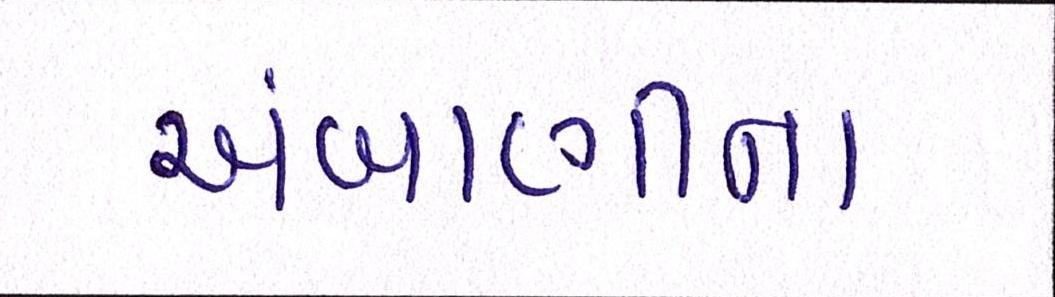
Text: અંબાણીના